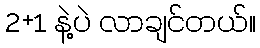
2+1 နဲ့ပဲ လာချင်တယ်။